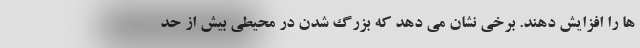
ها را افزایش دهند. برخی نشان می دهد که بزرگ شدن در محیطی بیش از حد